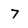
Character: 7